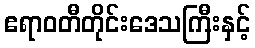
ဧရာဝတီတိုင်းဒေသကြီးနှင့်